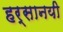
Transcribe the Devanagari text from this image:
हर्सानयी